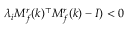
\lambda _ { i } M _ { f } ^ { r } ( k ) ^ { \top } M _ { f } ^ { r } ( k ) - I ) < 0